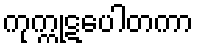
ကုက္ကုဋပေါတကာ